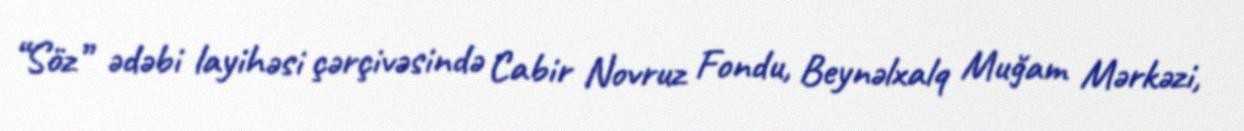
“Söz” ədəbi layihəsi çərçivəsində Cabir Novruz Fondu, Beynəlxalq Muğam Mərkəzi,